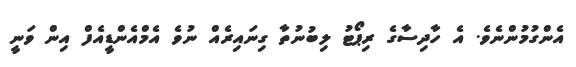
އެންގުމުންނެވެ. އެ ހާދިސާގެ ރިޕޯޓު ލިބުނުތާ ގިނައިރެއް ނުވެ އެމްއެންޑީއެފް އިން ވަނީ